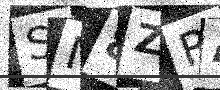
Text: SN8ZRA